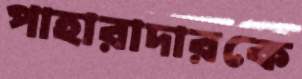
পাহারাদারকে